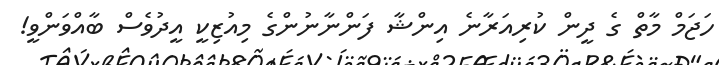
ހަޖަމް މާތް ގެ ދީން ކުރިއަރާނެ އިންޝާ ފަންނާނުންގެ މިއުޒިކީ އީދުވެސް ބާއްވަންވީ!